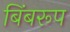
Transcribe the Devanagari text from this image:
बिंबरूप